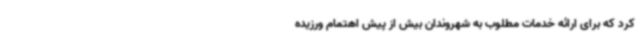
کرد که برای ارائه خدمات مطلوب به شهروندان بیش از پیش اهتمام ورزیده